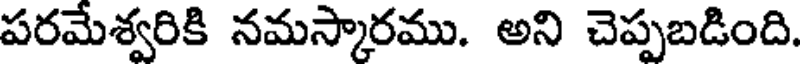
పరమేశ్వరికి నమస్కారము. అని చెప్పబడింది.